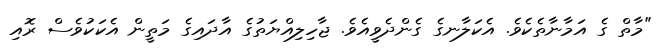
"މާތް ގެ އަމާނާތެކެވެ. އެކަލާނގެ ގެންދެވީއެވެ. ޖާހިލިއްޔަތުގެ އާދައިގެ މަތީން އެކަކުވެސް ރޮއި